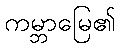
ကမ္ဘာမြေ၏